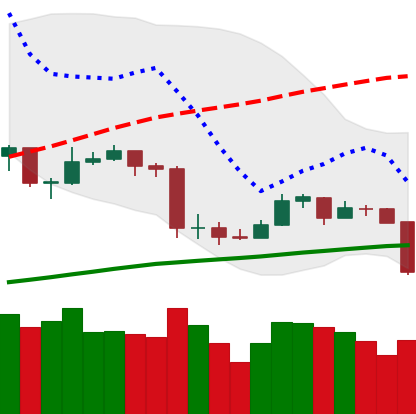
Ticker: ETC-USD
Chart end date: 2020-03-08
Forward return: -25.373%
Label: down_7plus